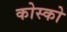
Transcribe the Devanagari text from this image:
कोस्को